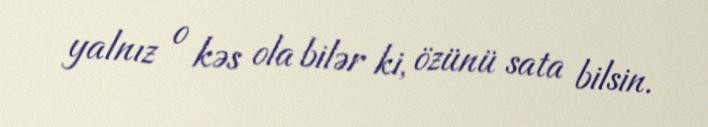
yalnız o kəs ola bilər ki, özünü sata bilsin.